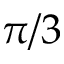
\pi / 3